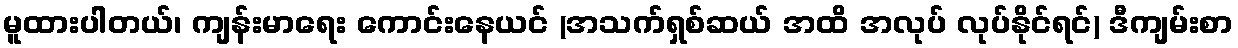
မူထားပါတယ်၊ ကျန်းမာရေး ကောင်းနေယင် (အသက်ရှစ်ဆယ် အထိ အလုပ် လုပ်နိုင်ရင်) ဒီကျမ်းစာ